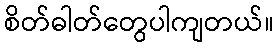
စိတ်ဓါတ်တွေပါကျတယ်။